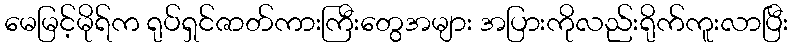
မေမြင့်မိုရ်က ရုပ်ရှင်ဇာတ်ကားကြီးတွေအများ အပြားကိုလည်းရိုက်ကူးလာပြီး